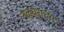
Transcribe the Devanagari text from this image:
तळघराच्या